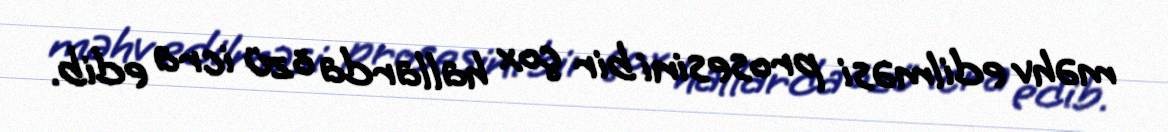
məhv edilməsi prosesini bir çox hallarda özü icra edib.